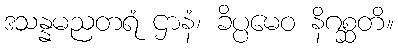
ဒသန္နမညတရံ ဌာနံ၊ ခိပ္ပမေဝ နိဂစ္ဆတိ။